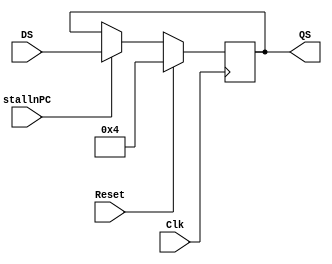
module Register_32bit_nPC (
    input             Clk,
    input             Reset,
    input             stallnPC,
    input [31:0]      DS,
    output reg [31:0] QS
  );
  always @(posedge Clk)
  begin
    if (Reset)
      QS = 32'd4;
    else if (stallnPC)
      QS = DS;
  end
endmodule

module Register_32bit_PC (
    input             Clk,
    input             Reset,
    input             stallPC,
    input [31:0]      DS,
    output reg [31:0] QS
  );
  always @(posedge Clk)
  begin
    if (Reset)
      QS <= 32'd0;
    else if (stallPC)
      QS = DS;
  end
endmodule